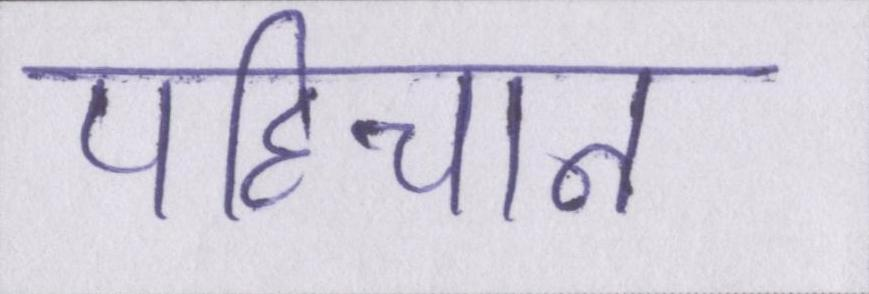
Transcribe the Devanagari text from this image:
पहिचान